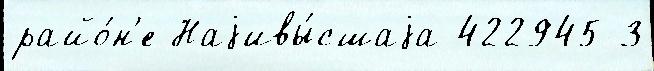
райо́н'е Наjивы́сшаjа 422945 3